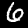
Label: 6